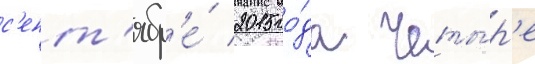
с'ент'ябр'е́ 2015 го́да четы́р'е